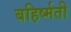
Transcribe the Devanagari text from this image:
बहिर्ष्मती